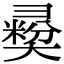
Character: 𢑱